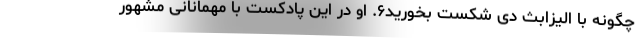
چگونه با الیزابث دِی شکست بخورید۶. او در این پادکست با مهمانانی مشهور